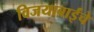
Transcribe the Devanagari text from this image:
विजयाबाईंचे